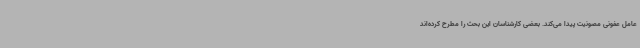
عامل عفونی مصونیت پیدا می‌کند. بعضی کارشناسان این بحث را مطرح کرده‌اند